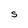
Character: S